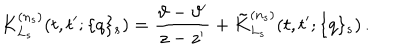
K _ { L _ { s } } ^ { ( n _ { s } ) } ( t , t ^ { \prime } ; \{ q \} _ { s } ) = \frac { \vartheta - \vartheta ^ { \prime } } { z - z ^ { \prime } } + \tilde { K } _ { L _ { s } } ^ { ( n _ { s } ) } ( t , t ^ { \prime } ; \{ q \} _ { s } ) \, .